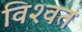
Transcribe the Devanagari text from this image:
विश्‍वत